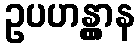
ဥပဟန္တွာန